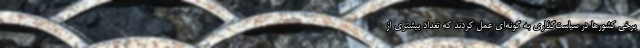
برخی کشورها در سیاست‌گذاری به گونه‌ای عمل کردند که تعداد بیشتری از